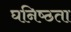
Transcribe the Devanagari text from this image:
घनिष्‍ठता